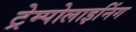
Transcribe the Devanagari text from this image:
ट्रेम्पोलाइनिंग